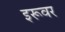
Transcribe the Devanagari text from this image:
इरूवर